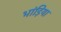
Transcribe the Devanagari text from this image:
भांड़िया